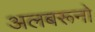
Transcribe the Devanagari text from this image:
अलबरूनो